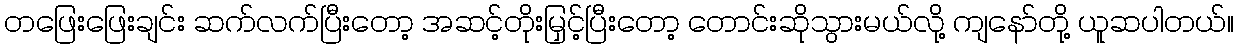
တဖြေးဖြေးချင်း ဆက်လက်ပြီးတော့ အဆင့်တိုးမြှင့်ပြီးတော့ တောင်းဆိုသွားမယ်လို့ ကျနော်တို့ ယူဆပါတယ်။